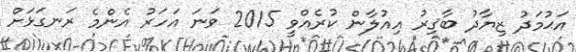
އަޙުމަދު ޒިޔާދު ބާޤިރު އިއުލާން ކުރެއްވީ 2015 ވަނަ އަހަރު އެންމެ ރަނގަޅަށް